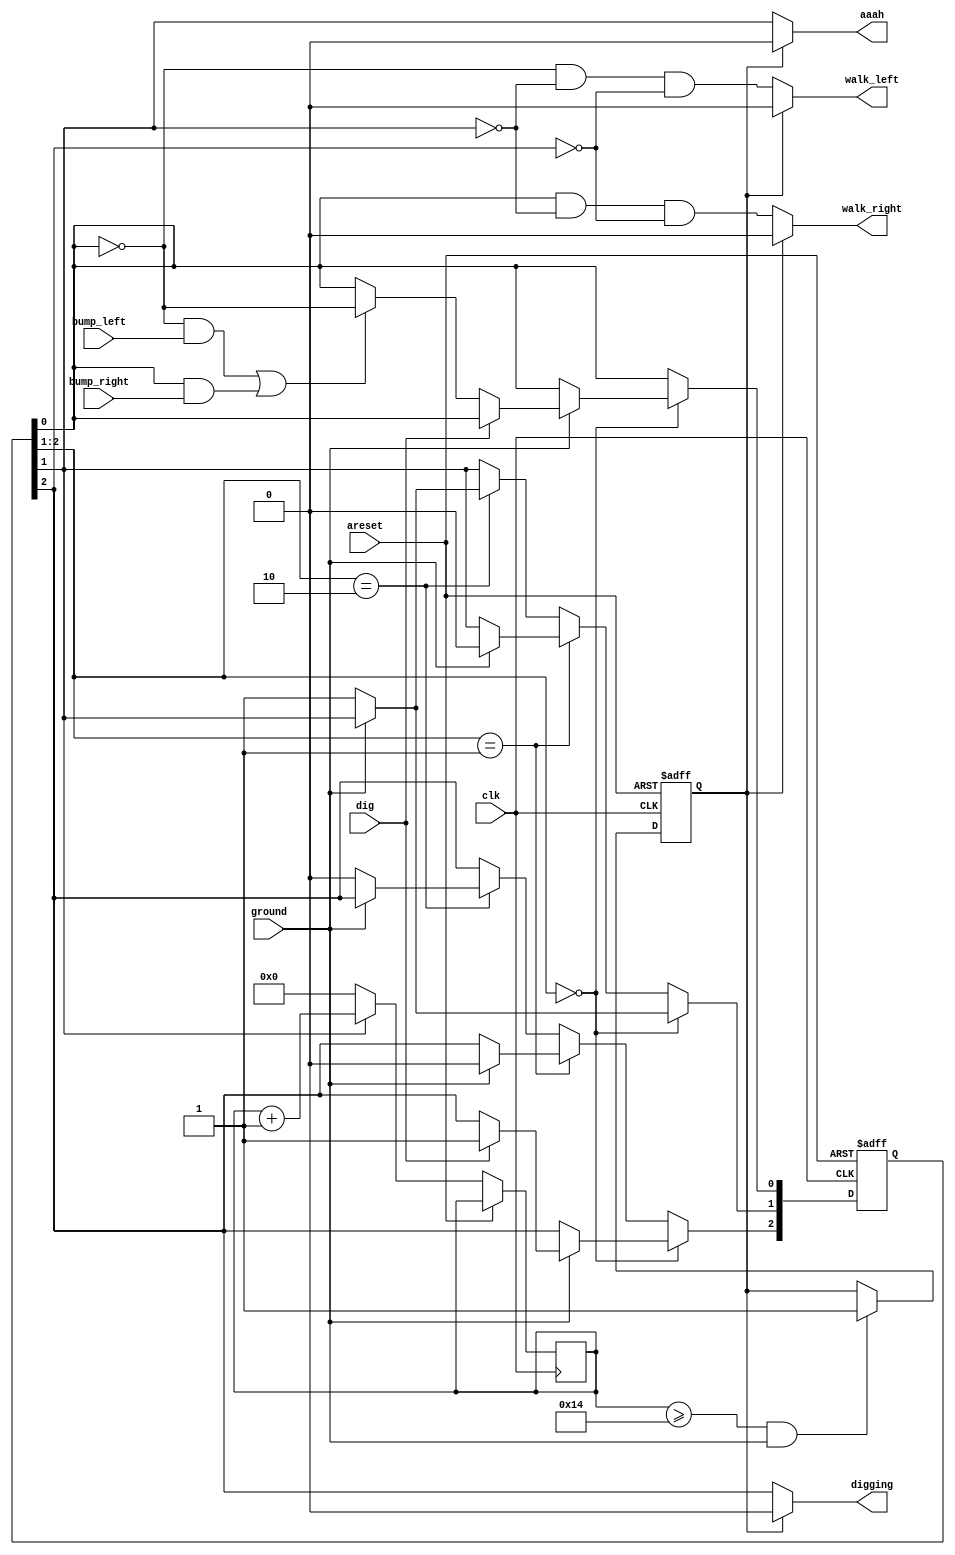
module top_module(
    input clk,
    input areset,    // Freshly brainwashed Lemmings walk left.
    input bump_left,
    input bump_right,
    input ground,
    input dig,
    output walk_left,
    output walk_right,
    output aaah,
    output digging ); 


    // parameter [nodig=0 , dig=1 : NOFALL=0, FALL=1: LEFT=0, RIGHT=1]
    reg [2:0] state = 3'b000, next_state;
    //assign [3:0] trans = [dig, ground, bump_left, bump_right];
    always @(*) begin
        // State transition logic
        next_state <= state;
        if (state[2:1] == 2'b00) begin
            if (~ground)        next_state[1] <= 1'b1;
            else if (dig)       next_state[2] <= 1'b1;
            else if ((~state[0] & bump_left) | (state[0] & bump_right)) next_state[0] <= ~state[0];
        end
        else if (state[2:1] == 2'b01) begin
            if (ground)         next_state[2:1] <= 2'b00;
        end
        else if (state[2:1] == 2'b10) begin
            if (~ground)        next_state[2:1] <= 2'b01;
        end
        else if (state[2:1] == 2'b11) begin
            next_state <= state;
        end
    end
    
    reg [31:0] count = 0;
    reg die = 1'b0;
    always @(posedge clk, posedge areset) begin
        // State flip-flops with asynchronous reset
        if (areset) begin
            state <= 2'b000;
            die <= 1'b0;
        end
        else begin
	        state <= next_state;
            
            if (count >= 20 & ground) die <= 1'b1;
            if (state[1]) begin
                count <= count + 1;
            end
            else begin
                count <= 0;
            end
        end
    end

    // Output logic
    assign walk_left  = die ? 1'b0 : (~state[0] & ~state[1] & ~state[2]);
    assign walk_right = die ? 1'b0 : ( state[0] & ~state[1] & ~state[2]);
    assign aaah       = die ? 1'b0 :  state[1];
    assign digging    = die ? 1'b0 :  state[2];
    
endmodule